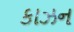
કાઝન